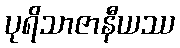
ပုရိသာဇာနီယဿ